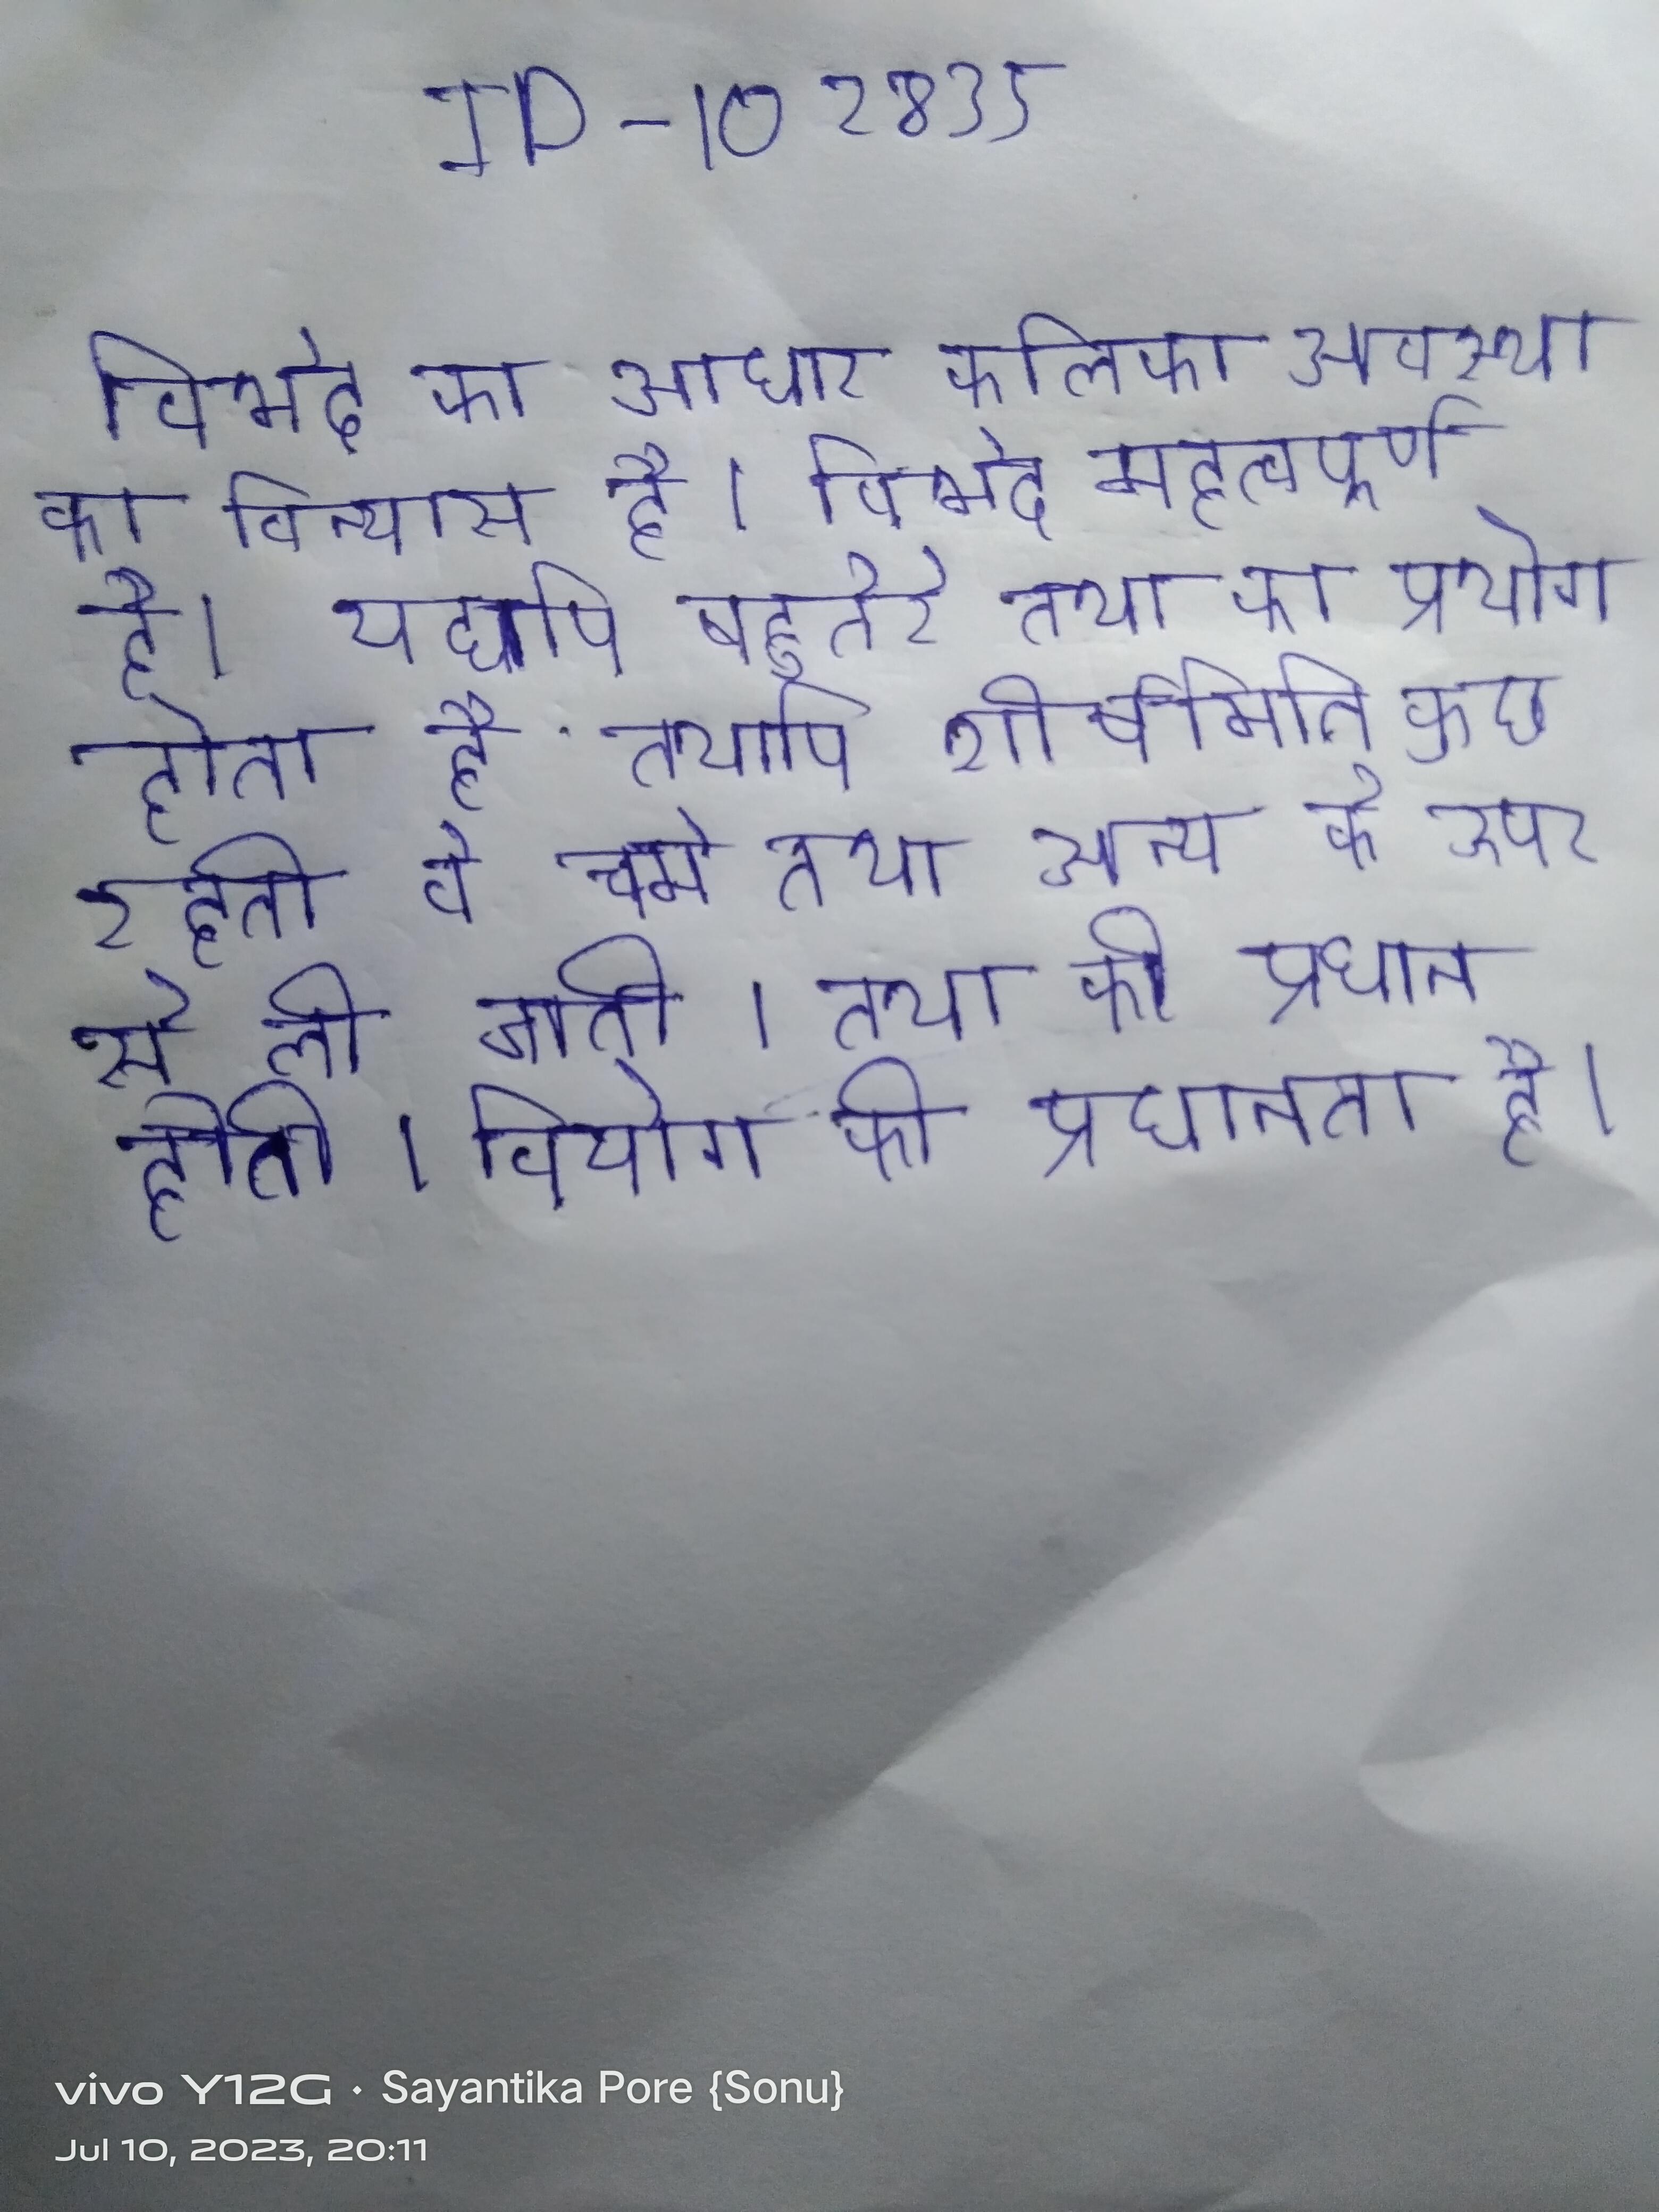
विभेद का आधार कलिका अवस्था का विन्यास है । विभेद महत्वपूर्ण है, यद्यपि बहुतेरे तथा का प्रयोग होता है तथापि शीर्षमिति कुछ रहती वे चर्म तथा अन्य के ऊपर से ली जाती । तथा की प्रधान होती । वियोग की प्रधानता है ।